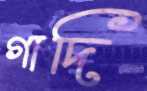
গাদি